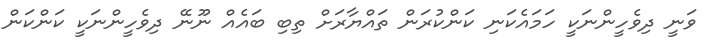
ވަނީ ދިވެހީންނަކީ ހަމައެކަނި ކަންކުރަން ތައްޔާރަށް ތިބި ބައެއް ނޫނޭ ދިވެހީންނަކީ ކަންކަން